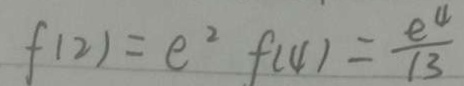
f ( 2 ) = e ^ { 2 } f ( 4 ) = \frac { e ^ { 4 } } { 1 3 }